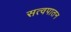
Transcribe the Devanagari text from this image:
सत्वपातन